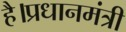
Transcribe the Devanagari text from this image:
है।प्रधानमंत्री